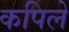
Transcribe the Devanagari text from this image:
कपिले